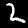
Digit: 2